Reports on dispensaries and lunatic asylums in the Province of Oudh - 1869-1876
Year: 1869
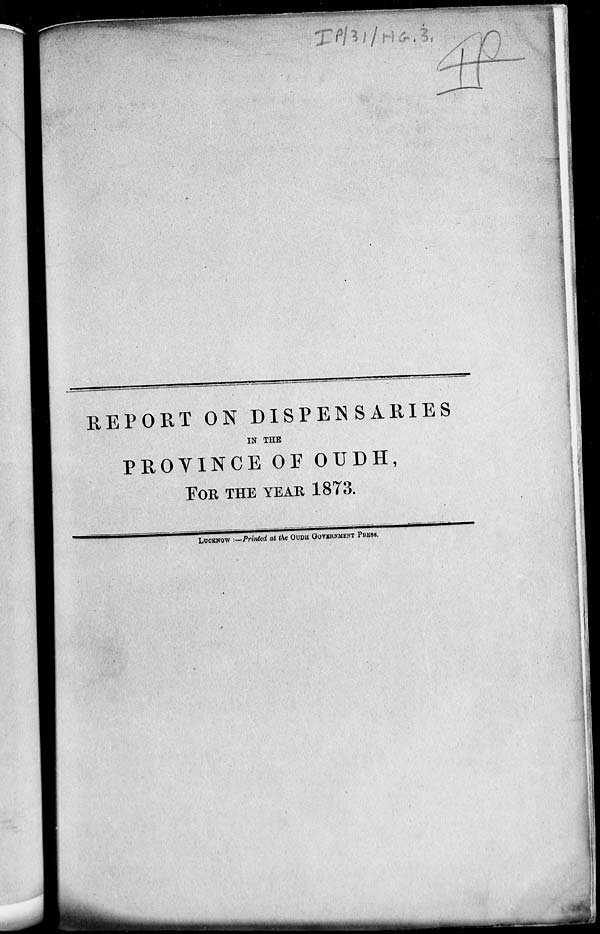
REPORT ON DISPENSARIES
IN THE
PROVINCE OF OUDH,
FOR THE YEAR 1873.
LUCKNOW :—Printed at the OUDH GOVERNMENT PRESS.